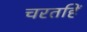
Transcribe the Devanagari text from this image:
चरतहिं